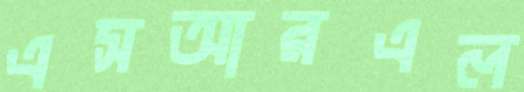
এসআরএল